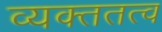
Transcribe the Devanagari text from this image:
व्यक्ततत्व